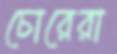
চোরেরা